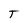
Character: T